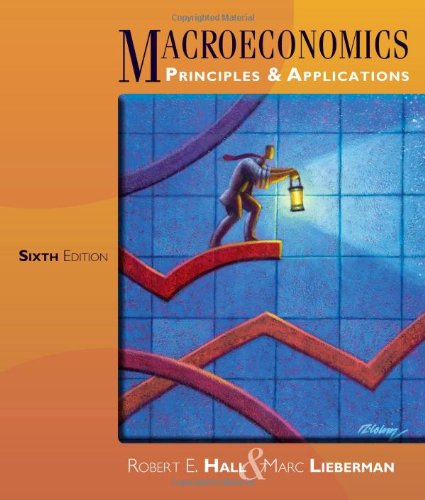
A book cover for Macroeconomics: Principles and Applications; Robert E. Hall; Business & Money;